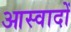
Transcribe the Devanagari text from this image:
आस्वादों